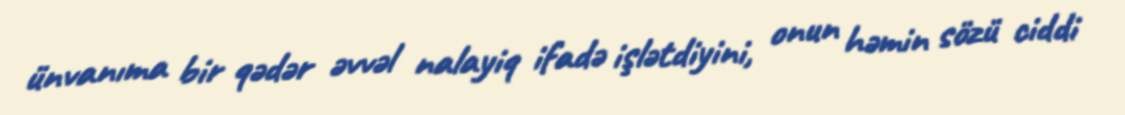
ünvanıma bir qədər əvvəl nalayiq ifadə işlətdiyini, onun həmin sözü ciddi